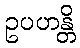
ဥပဟန္တိ